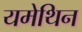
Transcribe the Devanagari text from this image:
यमेथिन